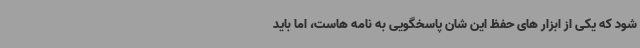
شود که یکی از ابزار های حفظ این شان پاسخگویی به نامه هاست، اما باید